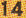
14